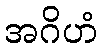
အဂိဟံ